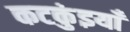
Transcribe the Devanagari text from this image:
कटकुंइयाँ